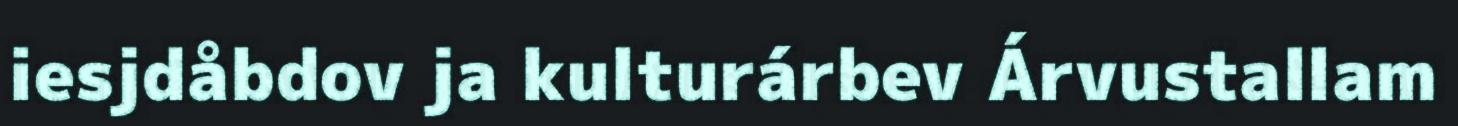
iesjdåbdov ja kulturárbev Árvustallam